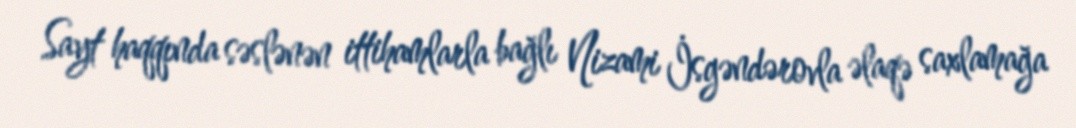
Sayt haqqında səslənən ittihamlarla bağlı Nizami İsgəndərovla əlaqə saxlamağa